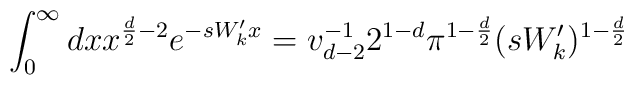
\int^\infty_0dxx^{\frac{d}{2}-2}e^{-sW_k'x}=v^{-1}_{d-2}2^{1-d}\pi^{1-\frac{d}{2}}(sW_k')^{1-\frac{d}{2}}